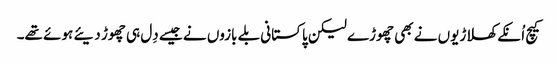
کیچ اُنکے کھلاڑیوں نے بھی چھوڑے لیکن پاکستانی بلے بازوں نے جیسے دِل ہی چھوڑ دیئے ہوئے تھے۔